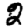
Digit: 2